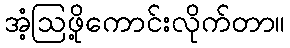
အံ့ဩဖို့ကောင်းလိုက်တာ။